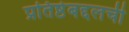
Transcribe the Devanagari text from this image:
प्रतिष्ठेबद्दलची